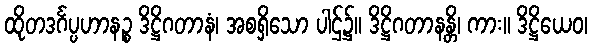
ထိုတဒင်္ဂပ္ပဟာနဉ္စ ဒိဋ္ဌိဂတာနံ၊ အစရှိသော ပါဌ်၌။ ဒိဋ္ဌိဂတာနန္တိ၊ ကား။ ဒိဋ္ဌိယေဝ၊